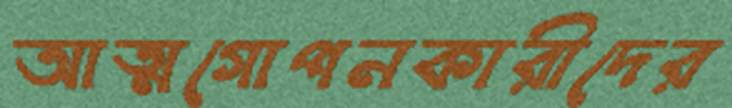
আত্মগোপনকারীদের